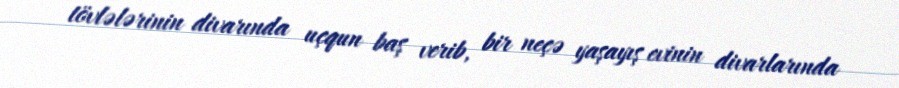
tövlələrinin divarında uçqun baş verib, bir neçə yaşayış evinin divarlarında